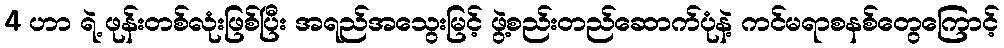
4 ဟာ ရဲ့ ဖုန်းတစ်လုံးဖြစ်ပြီး အရည်အသွေးမြင့် ဖွဲ့စည်းတည်ဆောက်ပုံနဲ့ ကင်မရာစနစ်တွေကြောင့်